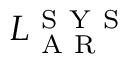
L _ { \mathrm { ~ A ~ R ~ } } ^ { \mathrm { ~ S ~ Y ~ S ~ } }